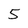
Character: 5